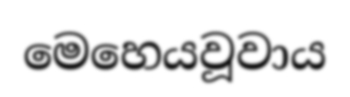
මෙහෙයවූවාය